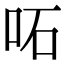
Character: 𠰴